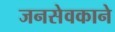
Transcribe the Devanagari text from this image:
जनसेवकाने